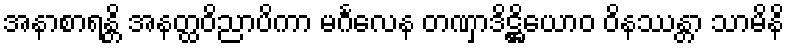
အနာစာရန္တိ အနတ္ထဝိညာပိကာ မင်္ဂလေန တဏှာဒိဋ္ဌိယောဝ ဝိနဿန္တာ သာမိနိ